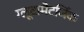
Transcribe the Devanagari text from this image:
ग्लूटामैटर्जिक